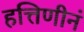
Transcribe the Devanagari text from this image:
हत्तिणीनं